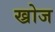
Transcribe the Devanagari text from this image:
ख्रोज